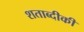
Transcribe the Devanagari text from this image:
शताब्दीकी